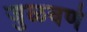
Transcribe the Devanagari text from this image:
जुळवणे